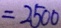
= 2 5 0 0